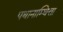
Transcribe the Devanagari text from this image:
पथानाम्थित्ता